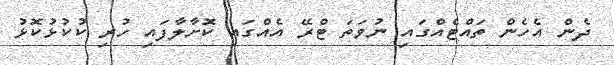
ދެން އެހެން ތައްޓެއްގައި ނުވަތަ ޓްރޭ އެއްގައި ކޮށާލާފައި ހުރި ކުކުޅުކޮޅު